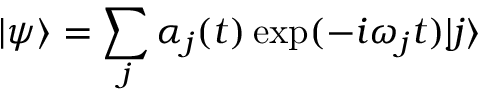
| \psi \rangle = \sum _ { j } \alpha _ { j } ( t ) \exp ( - i \omega _ { j } t ) | j \rangle